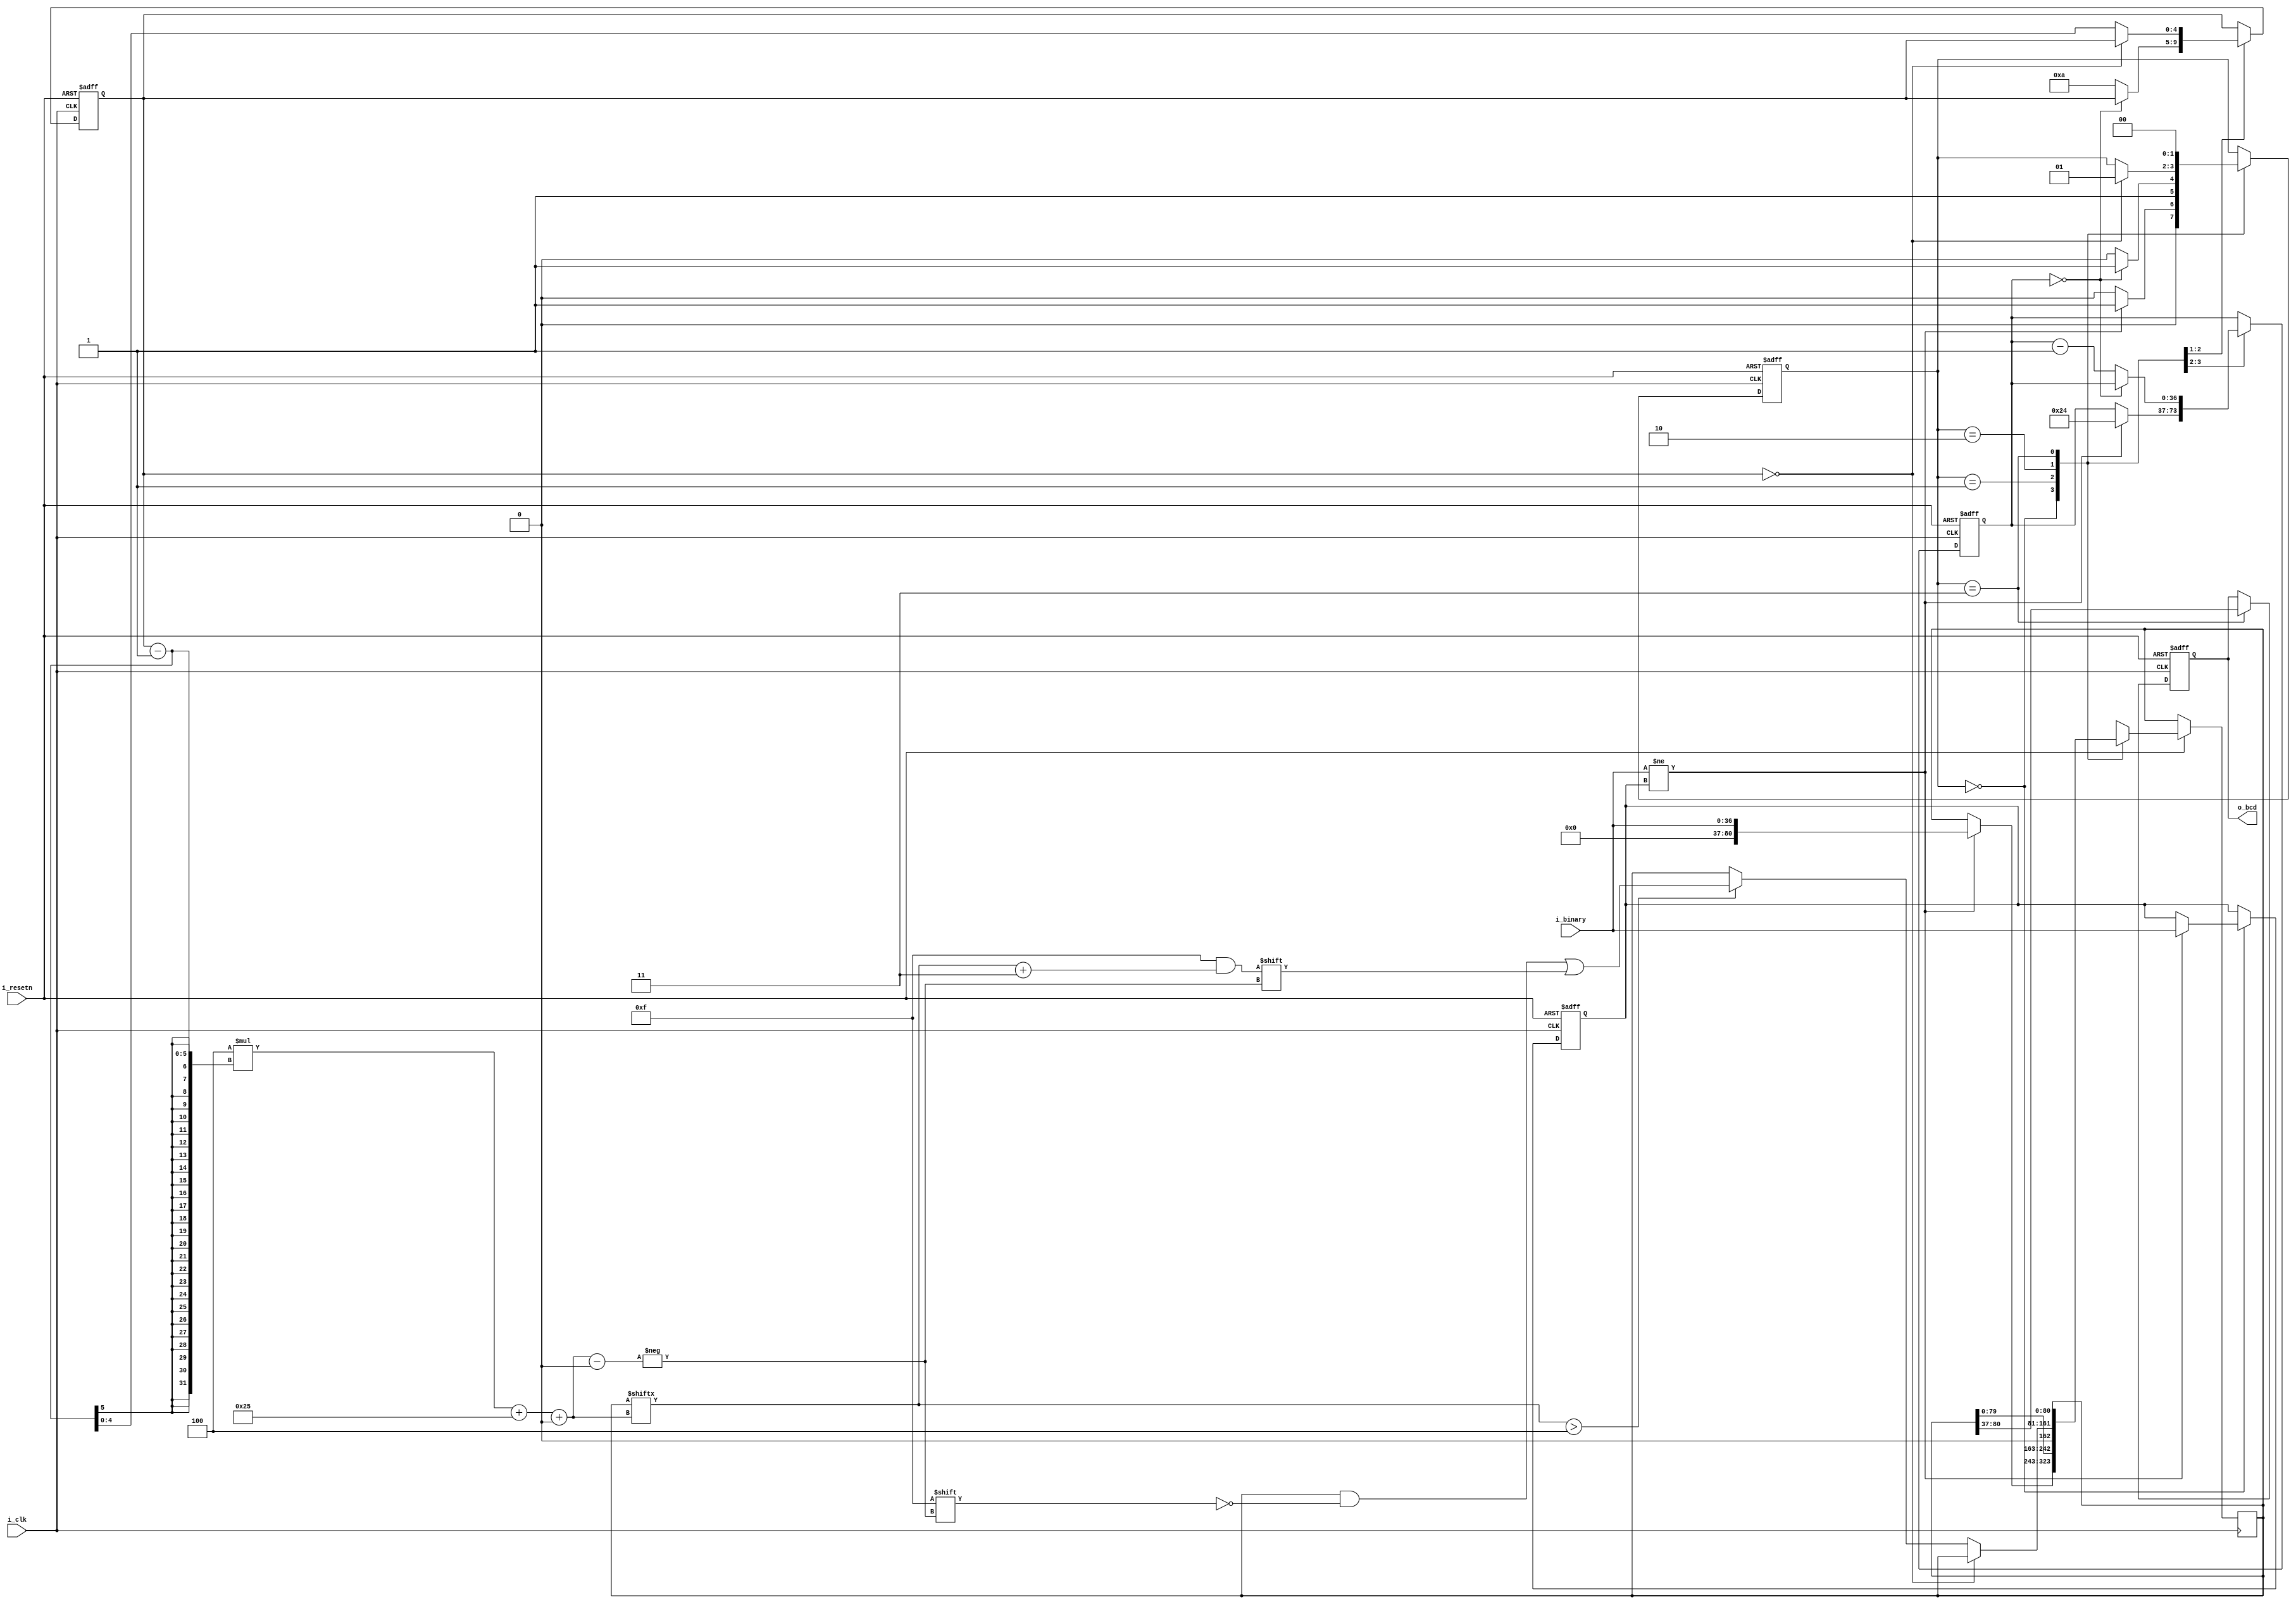
`timescale 1ns / 1ps
`default_nettype none
//////////////////////////////////////////////////////////////////////////////////
// Company: 
// 
// Design Name: 
// Module Name: binary_to_bcd
// Project Name: 
// Target Devices: 
// Tool Versions: 
// Description: Converts a 37 bit binary number to 11 digit BCD
// 
// Dependencies: 
// 
// Revision:
// Revision 0.01 - File Created
// Additional Comments:
// 
//////////////////////////////////////////////////////////////////////////////////


module binary_to_bcd #(
    parameter INPUT_WIDTH = 37,
    parameter DECIMAL_DIGITS = 11
    )(
    input wire i_clk,
    input wire i_resetn,
    input wire [INPUT_WIDTH - 1 : 0] i_binary,
    output reg [(DECIMAL_DIGITS * 4) - 1 : 0] o_bcd
    ); 
    
reg [INPUT_WIDTH + 4 * DECIMAL_DIGITS - 1 : 0] r_shifter = 0;
reg[INPUT_WIDTH - 1 : 0] r_oldBinary = 0;

parameter s_IDLE = 0;
parameter s_SHIFTING = 1; 
parameter s_CHECKING = 2;
parameter s_DONE = 3;
reg [1:0] r_state = s_IDLE; 
reg [INPUT_WIDTH -1 : 0] r_bitsToShift = 0;
reg [$clog2(DECIMAL_DIGITS) : 0] r_digitsToCheck = 0;


always @(posedge i_clk or negedge i_resetn) 
begin 
    if(~i_resetn) begin
        r_state <= s_IDLE;
        r_oldBinary <= 0;
        r_bitsToShift <= 0;
        r_digitsToCheck <= 0;
        o_bcd = 0;
    end else begin
        case (r_state)
            s_IDLE: begin
                if (i_binary != r_oldBinary) begin
                    // New data to decode
                    r_shifter <= i_binary;
                    r_state <= s_SHIFTING;
                    r_oldBinary <= i_binary;
                    r_bitsToShift <= INPUT_WIDTH - 1;
                end else begin
                    r_state <= s_IDLE;
                end
            end  // case s_IDLE            
            
            s_SHIFTING: begin
                r_shifter <= r_shifter << 1;
                if(r_bitsToShift == 0) begin
                    r_state <= s_DONE;
                end else begin
                    r_digitsToCheck <= DECIMAL_DIGITS - 1;
                    r_bitsToShift <= r_bitsToShift - 1;
                    r_state <= s_CHECKING;
                end
            end  // case s_SHIFTING

            s_CHECKING: begin
                if(r_digitsToCheck == 0) begin
                    r_state <= s_SHIFTING;
                end else begin   
                    if(r_shifter[4 * (r_digitsToCheck - 1) + INPUT_WIDTH +: 4] > 4)
                        r_shifter[4 * (r_digitsToCheck - 1) + INPUT_WIDTH +: 4] <= r_shifter[4 * (r_digitsToCheck - 1) + INPUT_WIDTH +: 4] + 3;
                    r_digitsToCheck <= r_digitsToCheck - 1;
                end
            end  // case s_CHECKING
            
            s_DONE: begin
                o_bcd <= r_shifter[INPUT_WIDTH +: (4 * DECIMAL_DIGITS)];
                r_state <= s_IDLE;
            end  // case s_DONE
            
            default: begin
                r_state <= s_IDLE;
            end
        
        endcase
    end
end
endmodule